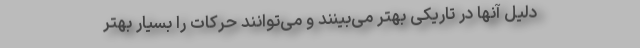
دلیل آنها در تاریکی بهتر می‌بینند و می‌توانند حرکات را بسیار بهتر